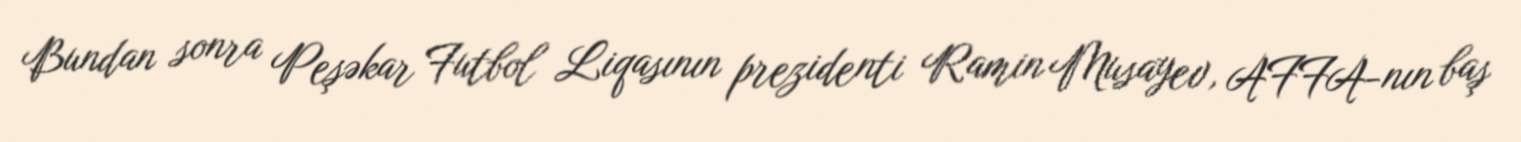
Bundan sonra Peşəkar Futbol Liqasının prezidenti Ramin Musayev, AFFA-nın baş